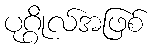
ပုဂ္ဂိုလ်အဖြစ်